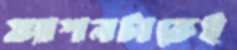
ফ্যাশনটাকেই